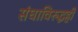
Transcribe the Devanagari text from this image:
संघाविरुद्धही